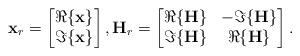
LaTeX: \begin{align*} {\bf x}_r = \left[\begin{matrix} \Re\{{\bf x}\}\\ \Im\{{\bf x}\} \end{matrix}\right], {\bf H}_r = \left[\begin{matrix} \Re\{{\bf H}\} & -\Im\{{\bf H}\} \\ \Im\{{\bf H}\} & \Re\{{\bf H}\} \end{matrix}\right].\end{align*}